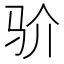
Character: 𩧦